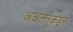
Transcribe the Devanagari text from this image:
अक्षतंतूकडून